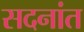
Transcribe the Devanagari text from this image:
सदनांत